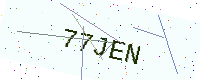
Text: 77JEN